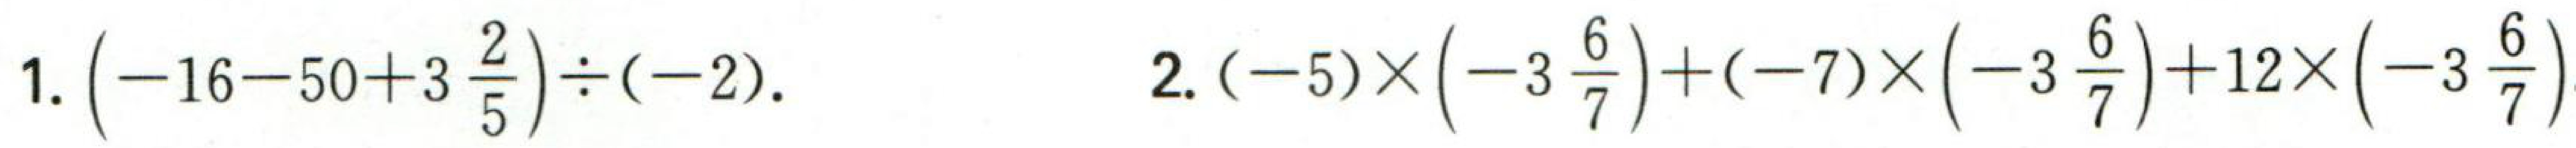
1. \(\left(-16 - 50+3\frac{2}{5}\right)\div(-2)\).

2. \((-5)\times\left(-3\frac{6}{7}\right)+(-7)\times\left(-3\frac{6}{7}\right)+12\times\left(-3\frac{6}{7}\right)\)